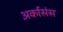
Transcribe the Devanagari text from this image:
अर्कासंस